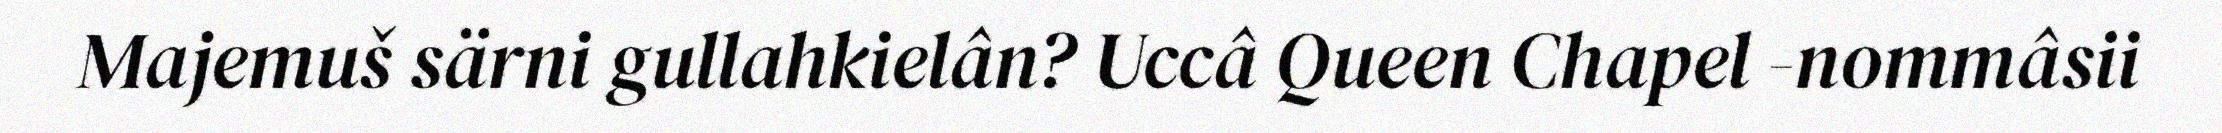
Majemuš särni gullahkielân? Uccâ Queen Chapel -nommâsii